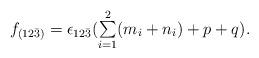
LaTeX: \begin{align*}\begin{array}{lcr}f_{(12\bar{3})} = \epsilon_{12\bar{3}}({\sum \limits_{i=1}^{2}(m_i + n_i)}+p+q).\end{array}\end{align*}